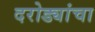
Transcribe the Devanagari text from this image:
दरोड्यांचा